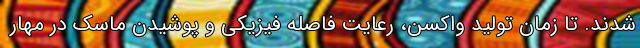
شدند. تا زمان تولید واکسن، رعایت فاصله فیزیکی و پوشیدن ماسک در مهار